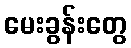
မေးခွန်းတွေ